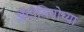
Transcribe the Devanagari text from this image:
अँटोनियोच्या